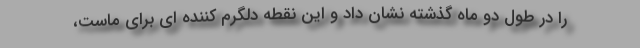
را در طول دو ماه گذشته نشان داد و این نقطه دلگرم کننده ای برای ماست،